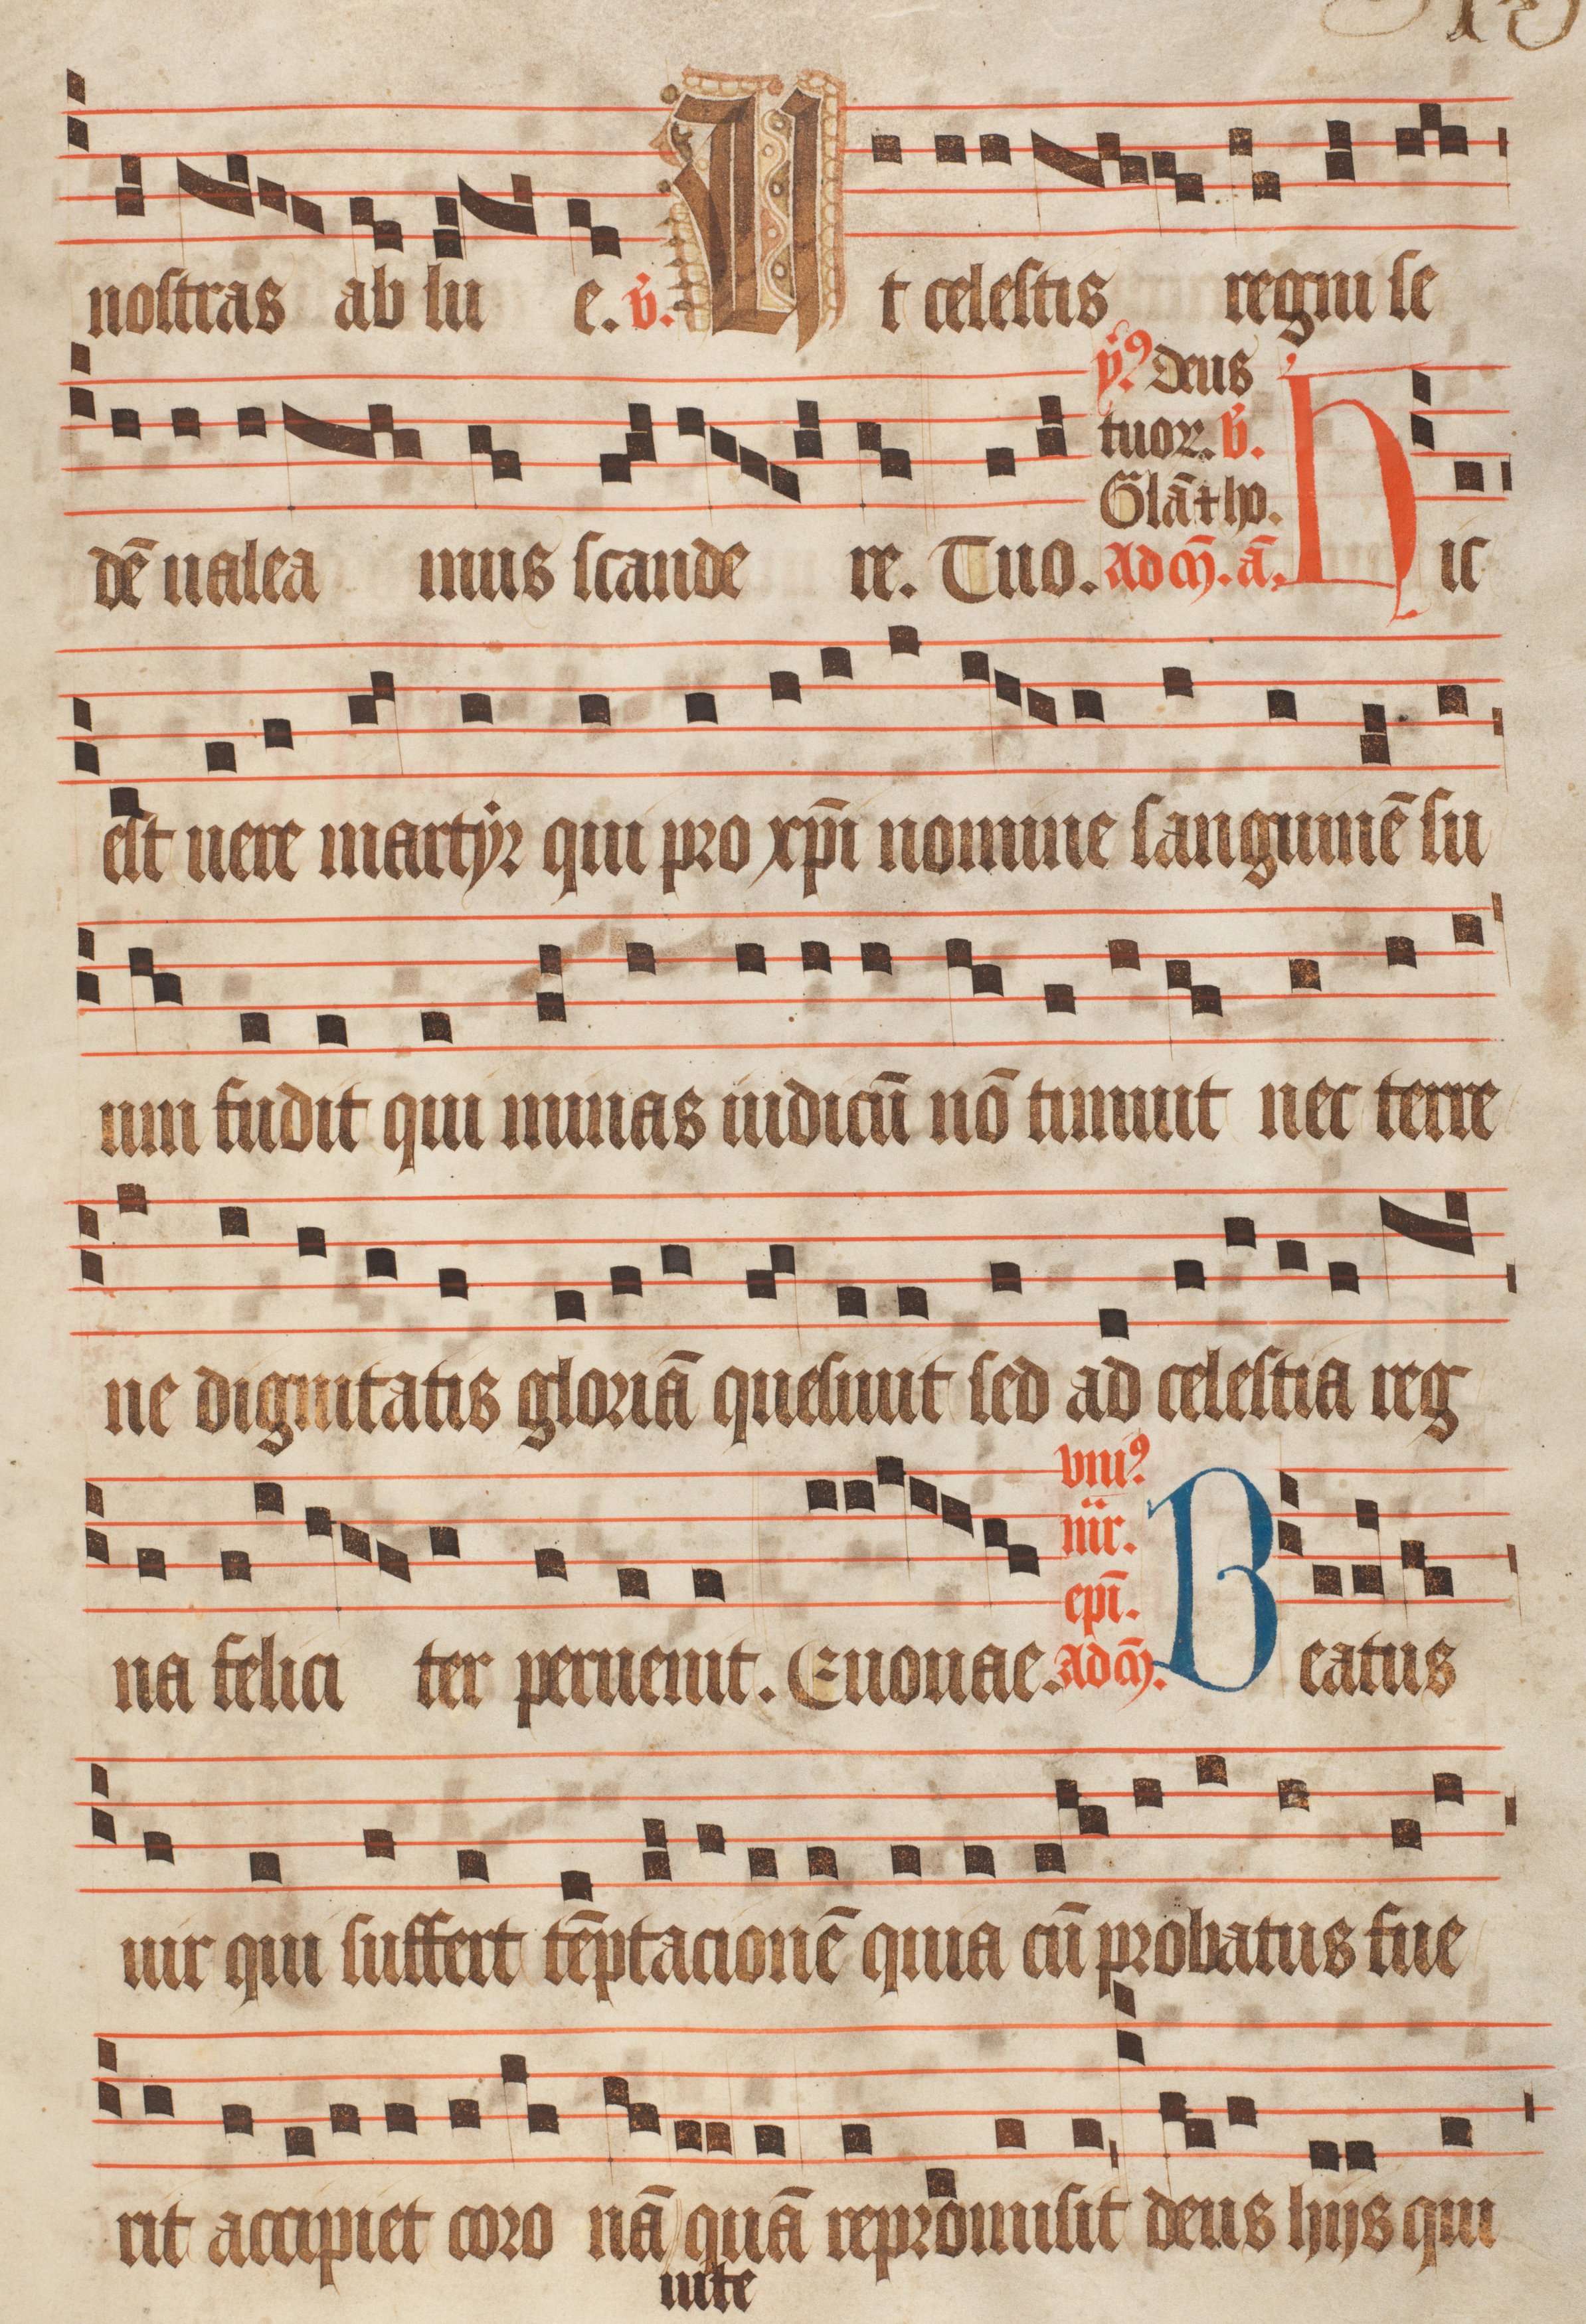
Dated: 1470–1505